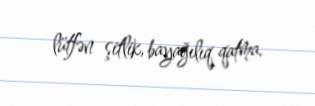
lütfən şitlik, bayağılıq qatma.